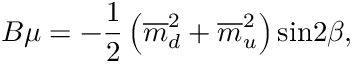
B \mu = - \frac { 1 } { 2 } \left( \overline { { { m } } } _ { d } ^ { 2 } + \overline { { { m } } } _ { u } ^ { 2 } \right) \mathrm { s i n } 2 \beta ,